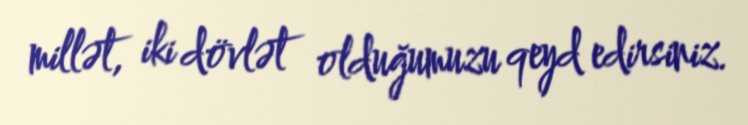
millət, iki dövlət olduğumuzu qeyd edirsiniz.